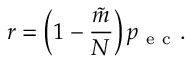
r = \left( 1 - \frac { \tilde { m } } { N } \right) p _ { \mathrm { ~ e ~ c ~ } } .